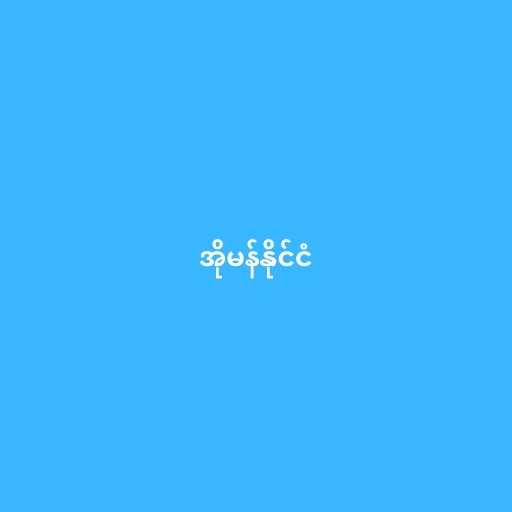
အိုမန်နိုင်ငံ